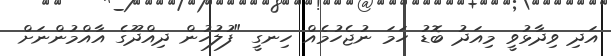
އަދި ވިދާޅުވީ މިއަދު ބޮޑު ހަމަ ނުޖެހުމެއް ހިނގީ "ފުލުހުން ދިއްދޫގެ އާއްމުންނަށް